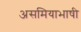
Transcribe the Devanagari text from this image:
असमियाभाषी